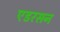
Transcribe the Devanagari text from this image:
एडरसन